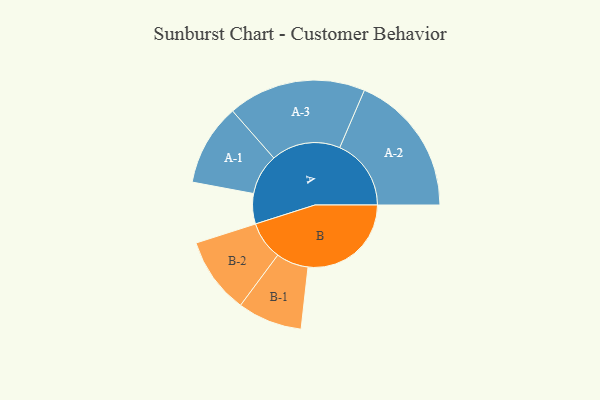
{"axis": {"x": "Segment", "y": "Value"}, "legend": ["", "A", "B"], "data": [{"x": "A", "y": 103, "type": ""}, {"x": "B", "y": 351, "type": ""}, {"x": "A-1", "y": 139, "type": "A"}, {"x": "A-2", "y": 243, "type": "A"}, {"x": "A-3", "y": 235, "type": "A"}, {"x": "B-1", "y": 110, "type": "B"}, {"x": "B-2", "y": 130, "type": "B"}]}